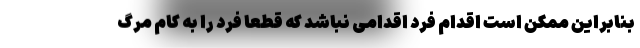
بنابراین ممکن است اقدام فرد اقدامی نباشد که قطعاً فرد را به کام مرگ